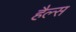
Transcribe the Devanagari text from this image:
हैल्स